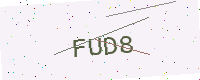
Text: FUD8